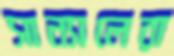
সান্যালেরা